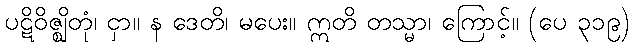
ပဋိဝိဇ္ဈိတုံ၊ ငှာ။ န ဒေတိ၊ မပေး။ ဣတိ တသ္မာ၊ ကြောင့်။ (ပေ ၃၁၉)